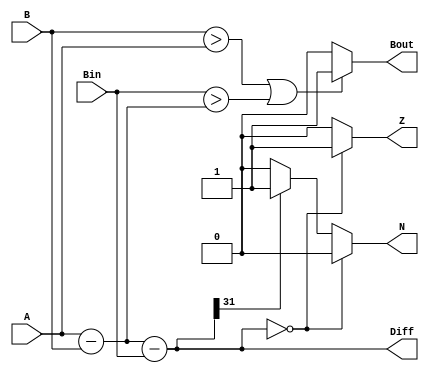
module FS_32bit (input [31:0] A, B, input Bin, 
                 output reg [31:0] Diff, output reg Bout, Z, N);
  reg [32:0] t;
  
  always @ (A or B or Bin)
    begin
      t = A - B - Bin;
      Diff = t[31:0];
      if (B > A || Bin > (A - B))
      	Bout = 1'b1;
      else
        Bout = 1'b0;
      if (Diff == 32'h00000000)
        begin
          Z = 1;
          N = 0;
        end
      else
        begin
          Z = 0;
          if (Diff[31] == 1'b0)
            N = 0;
          else
            N = 1;
        end
    end
endmodule